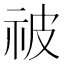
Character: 𬒳